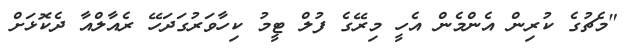
"މެޗުގެ ކުރިން އެންމެން އެހީ މިރޭގެ ފުލް ޓީމު ކިހާވަރުގަދަހޭ ރެއާލްއާ ދެކޮޅަށް